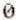
0